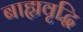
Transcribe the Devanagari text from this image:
बाह्यवृद्धि